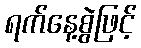
ရက်နေ့စွဲဖြင့်